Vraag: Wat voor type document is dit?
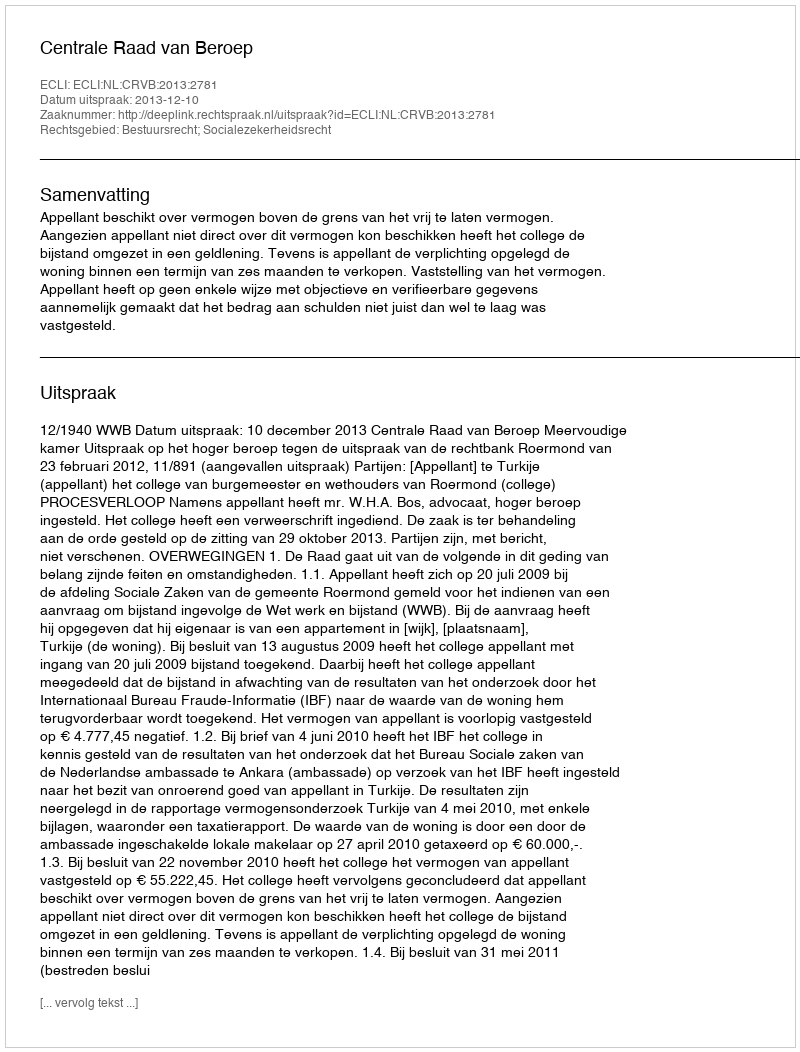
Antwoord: Uitspraak